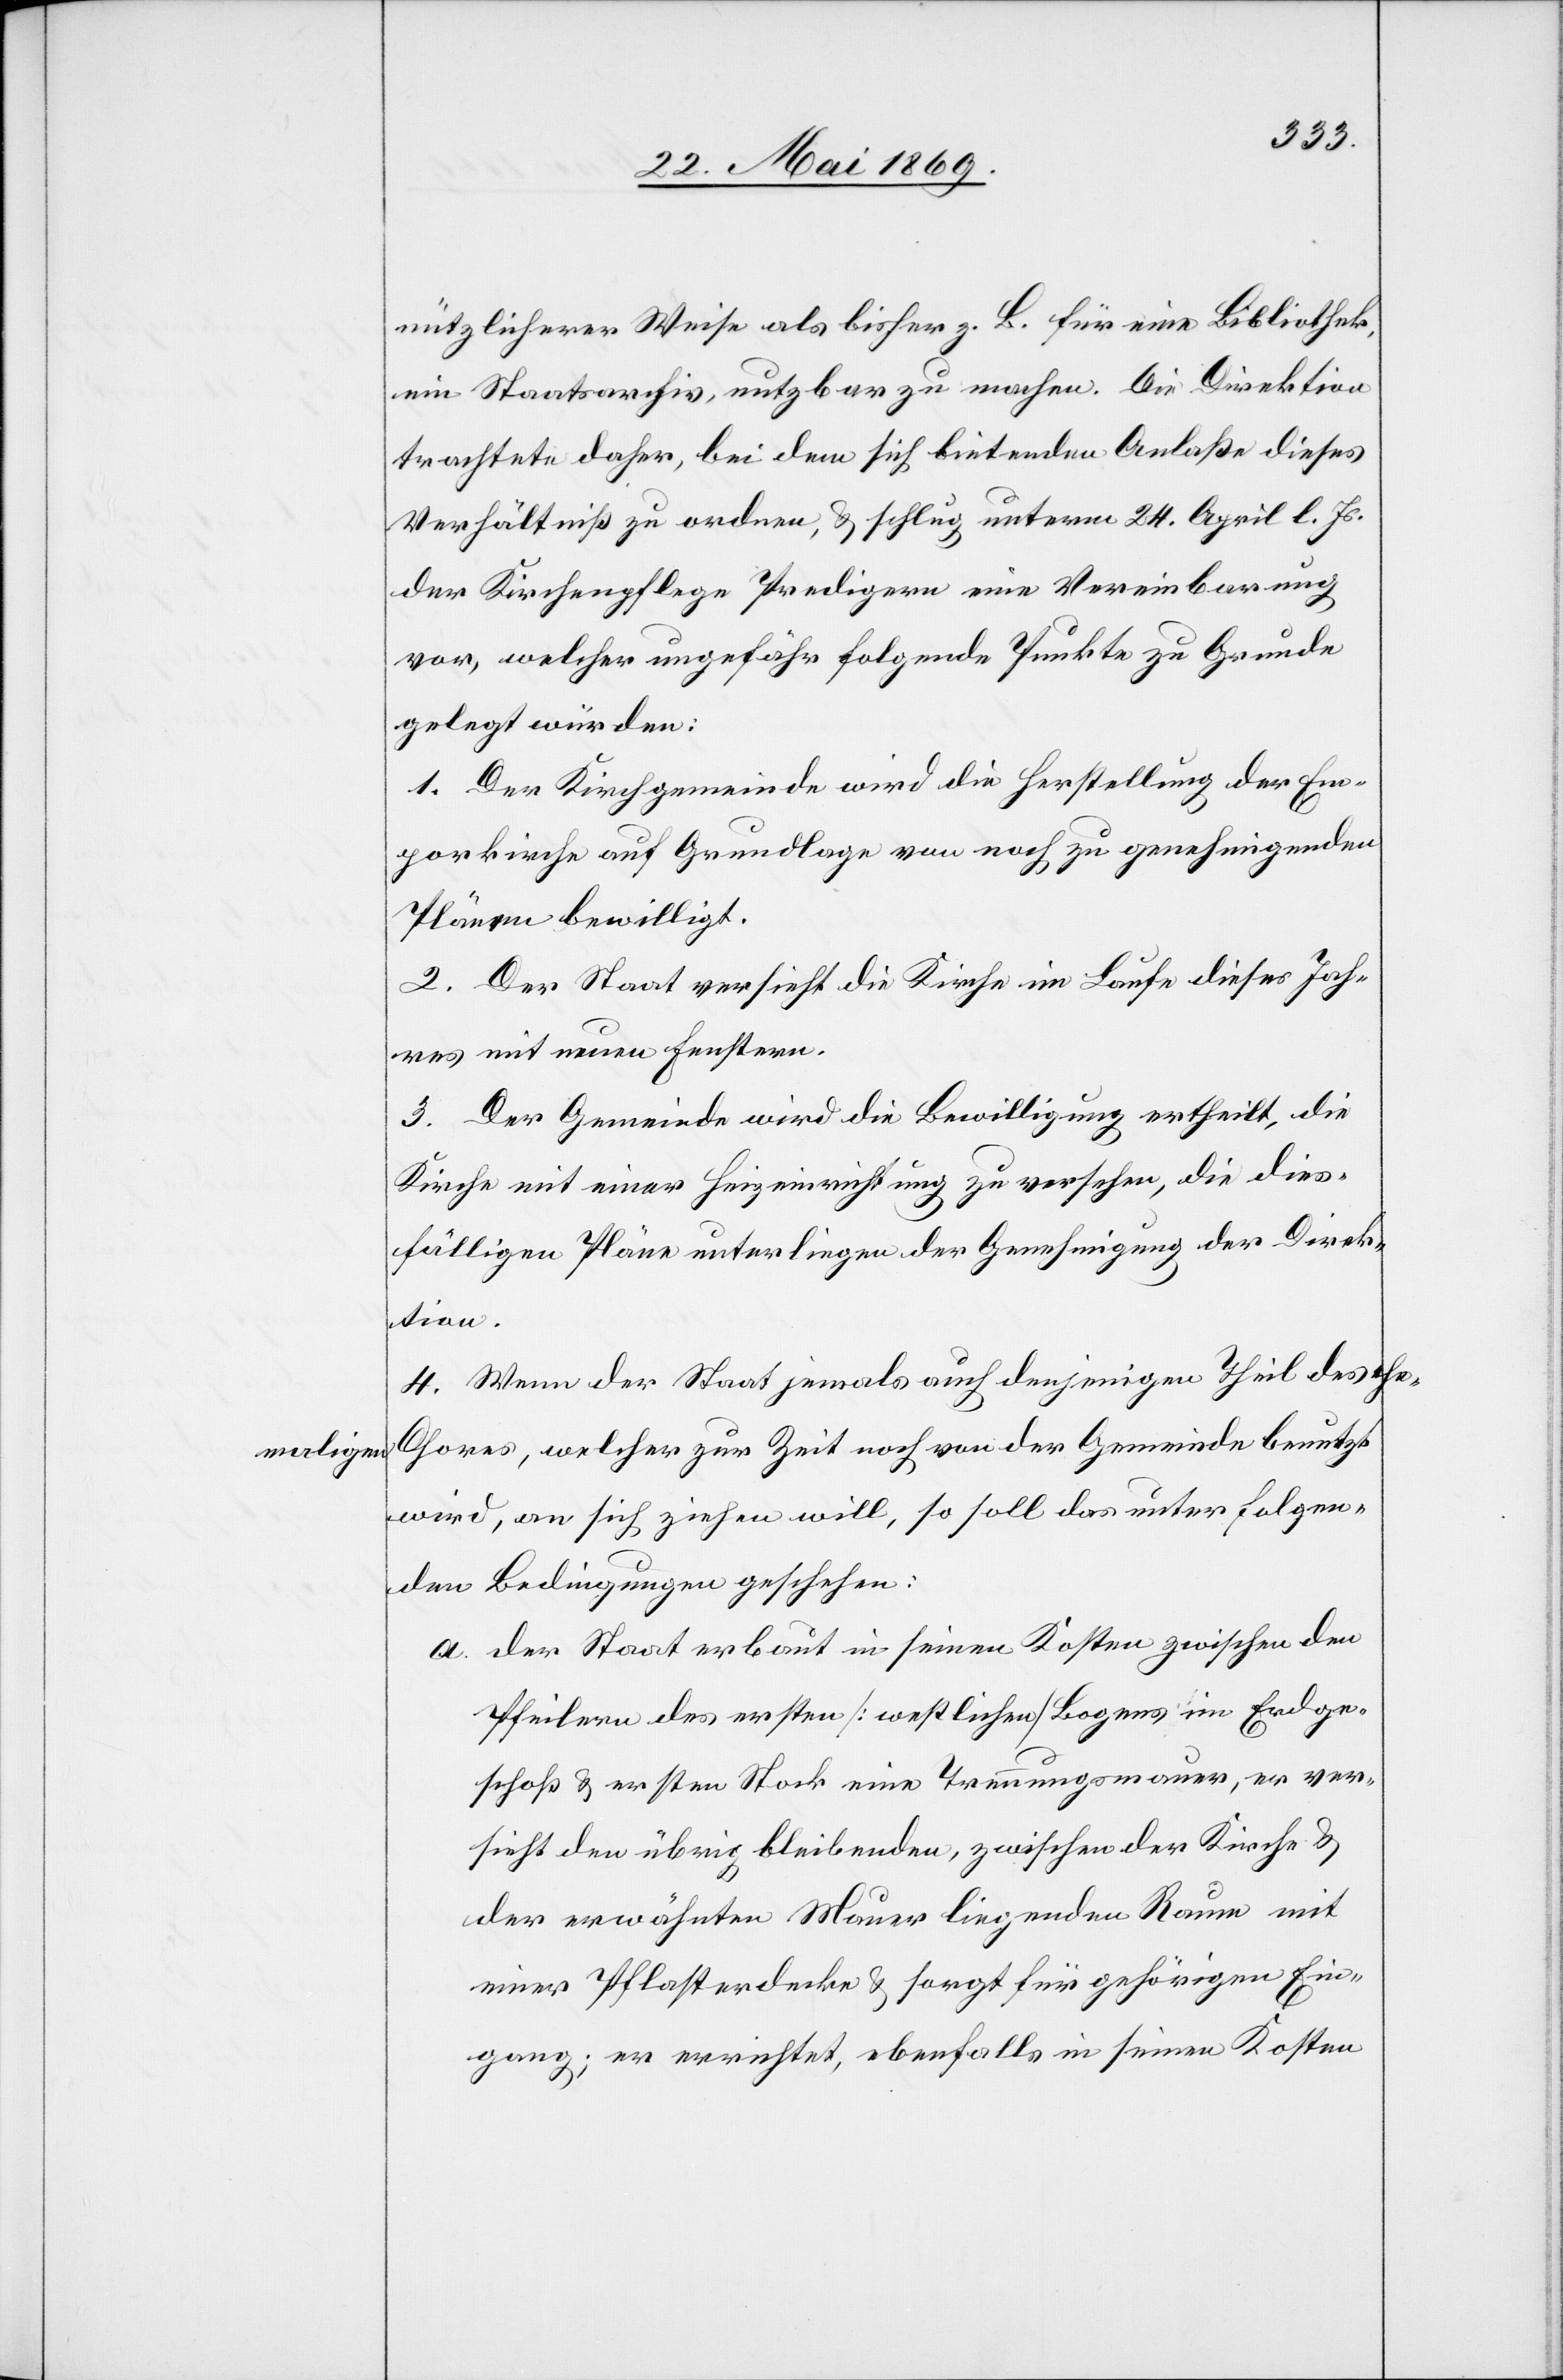
maligen

nützlicherer Weise als bisher z. B. für eine Bibliothek,
ein Staatsarchiv, nutzbar zu machen. Die Direktion
trachtete daher, bei dem sich bietenden Anlaße dieses
Verhältniß zu ordnen, u. schlug unterm 24. April l. Js.
der Kirchenpflege Predigern eine Vereinbarung
vor, welcher ungefähr folgende Punkte zu Grunde
gelegt würden:
1. Der Kirchgemeinde wird die Herstellung der Em¬
porkirche auf Grundlage von noch zu genehmigenden
Plänen bewilligt.
2. Der Staat versieht die Kirche im Laufe dieses Jah¬
res mit neuen Fenstern.
3. Der Gemeinde wird die Bewilligung ertheilt, die
Kirche mit einer Heizeinrichtung zu versehen, die dies¬
fälligen Pläne unterliegen der Genehmigung der Direk¬
tion.
4. Wenn der Staat jemals auch denjenigen Theil des da¬
Chores, welcher zur Zeit noch von der Gemeinde benutzt
wird, an sich ziehen will, so soll das unter folgen¬
den Bedingungen geschehen:
a. der Staat erbaut in seinen Kosten zwischen den
Pfeilern des ersten [westlichen] Bogens im Erdge¬
schoß u. erstem Stock eine Trennungsmauer, er ver¬
sieht den übrig bleibenden, zwischen der Kirche u.
der erwähnten Mauer liegenden Raum mit
einer Pflasterdecke u. sorgt für gehörigen Ein¬
gang; er errichtet, ebenfalls in seinen Kosten